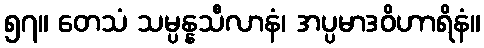
၅၇။ တေသံ သမ္ပန္နသီလာနံ၊ အပ္ပမာဒဝိဟာရိနံ။